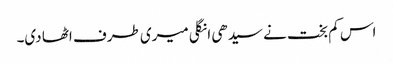
اس کم بخت نے سیدھی انگلی میری طرف اٹھا دی۔